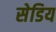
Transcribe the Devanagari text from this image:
सेडिय